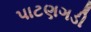
પાટણગડી